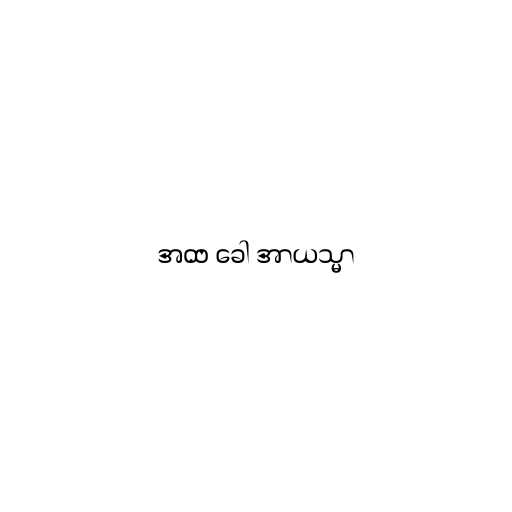
အထ ခေါ အာယသ္မာ